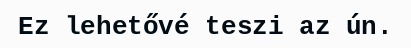
Ez lehetővé teszi az ún.